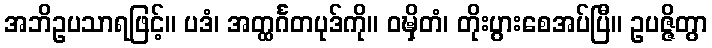
အဘိဥပသာရဖြင့်။ ပဒံ၊ အတ္ထင်္ဂတပုဒ်ကို။ ဝဍ္ဎှိတံ၊ တိုးပွားစေအပ်ပြီ။ ဥပဇ္ဇိတွာ